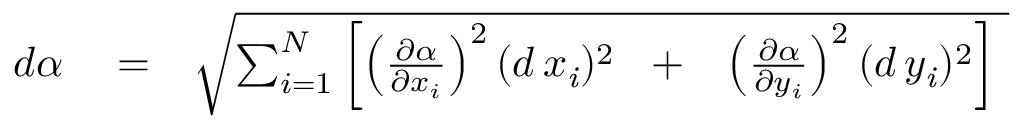
\begin{array} { r l r } { d \alpha } & { { } = } & { \sqrt { \sum _ { i = 1 } ^ { N } \left[ \left( { \frac { \partial \alpha } { \partial \/ x _ { i } } } \right) ^ { 2 } ( d \, x _ { \it \/ i } ) ^ { 2 } \mathrm { ~ \, ~ + ~ \, ~ } \left( { \frac { \partial \alpha } { \partial \/ y _ { i } } } \right) ^ { 2 } ( d \, y _ { \it \/ i } ) ^ { 2 } \right] \ } } \end{array}